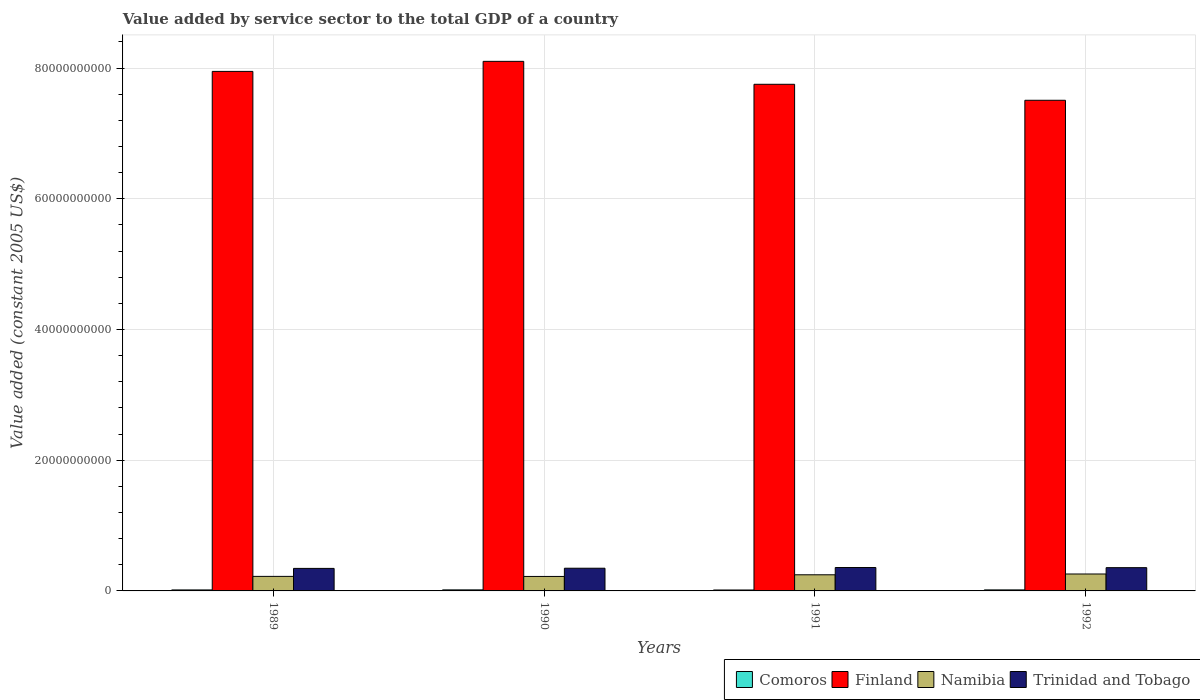
| Years | Comoros | Finland | Namibia | Trinidad and Tobago |
 | --- | --- | --- | --- | --- |
 | 1989 | 1.51e+08 | 7.95e+10 | 2.23e+09 | 3.45e+09 |
 | 1990 | 1.59e+08 | 8.1e+10 | 2.21e+09 | 3.47e+09 |
 | 1991 | 1.42e+08 | 7.75e+10 | 2.47e+09 | 3.58e+09 |
 | 1992 | 1.56e+08 | 7.51e+10 | 2.59e+09 | 3.56e+09 |